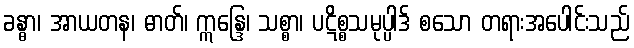
ခန္ဓာ၊ အာယတန၊ ဓာတ်၊ ဣန္ဒြေ၊ သစ္စာ၊ ပဋိစ္စသမုပ္ပါဒ် စသော တရားအပေါင်းသည်